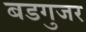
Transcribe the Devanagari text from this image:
बडगुजर